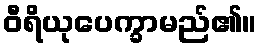
ဝီရိယုပေက္ခာမည်၏။